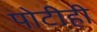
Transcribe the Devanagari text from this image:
पोटीही